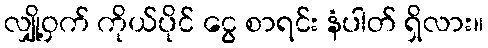
လျှို့ဝှက် ကိုယ်ပိုင် ငွေ စာရင်း နံပါတ် ရှိလား။